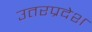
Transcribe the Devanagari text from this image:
उतरप्रदेश